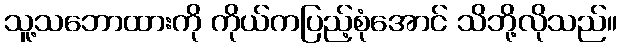
သူ့သဘောထားကို ကိုယ်ကပြည့်စုံအောင် သိဘို့လိုသည်။